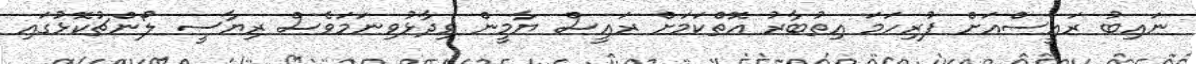
ނައިބު ރައީސްއަށް ފުރިހަމަ އިތުބާރު އޮތްކަމަށް ރައީސް ޔާމީން ވިދާޅުވިނަމަވެސް ރިޔާސީ ލޯންޗުކޮޅުގައި